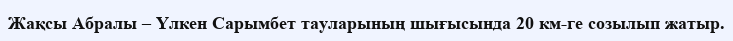
Жақсы Абралы – Үлкен Сарымбет тауларының шығысында 20 км-ге созылып жатыр.